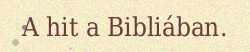
A hit a Bibliában.